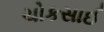
ચોકસાઈ